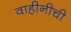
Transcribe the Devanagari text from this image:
वाहीनीची